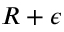
R + \epsilon